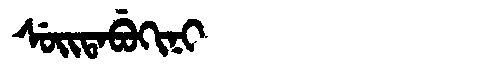
Manchu: ᠰᡠᡳᡨᠠᠪᡠᡴᡳᠨᡳ
Romanization: SUITABUKINI